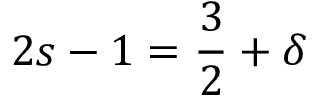
2 s - 1 = \frac { 3 } { 2 } + \delta